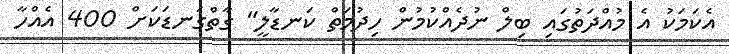
އެކަމަކު އެ މުއްދަތުގައި ބިލް ނުދެއްކުމުން ހިދުމަތް ކަނޑާލީ" ގާތްގަނޑަކަށް 400 އެއްހާ